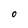
Character: 0